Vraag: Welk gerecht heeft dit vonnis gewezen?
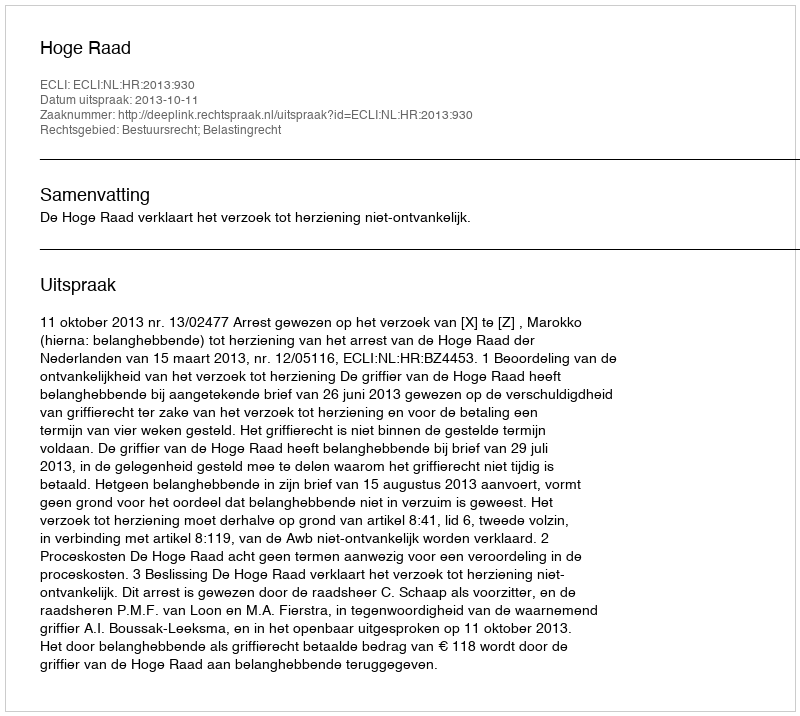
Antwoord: Hoge Raad